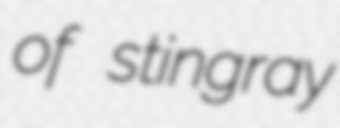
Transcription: of stingray